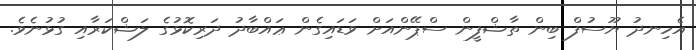
އެހިނދު ޔޫސުފް ބިން ތާޝްފީން ސްޕޭންއަށް ވަޑައިގެން ޢައްބާދު ދަރިކޮޅުގެ ލަޝްކަރާއި ގުޅުނެވެ.